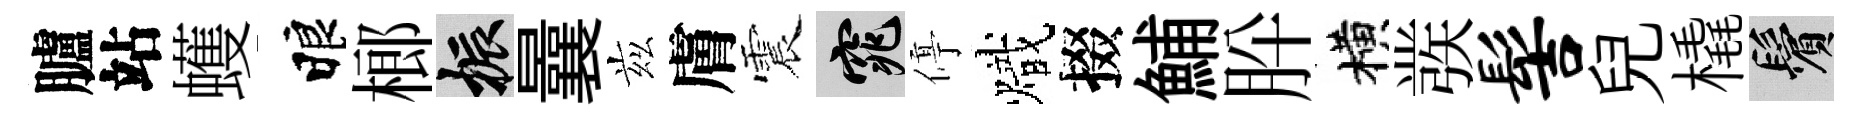
臚站蠖睱榔振曩兹膚震窕停熾掇鯆肸横彂髻兒橇鬢